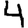
Digit: 4